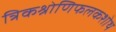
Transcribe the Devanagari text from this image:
त्रिकश्रोणिफलकशोथ